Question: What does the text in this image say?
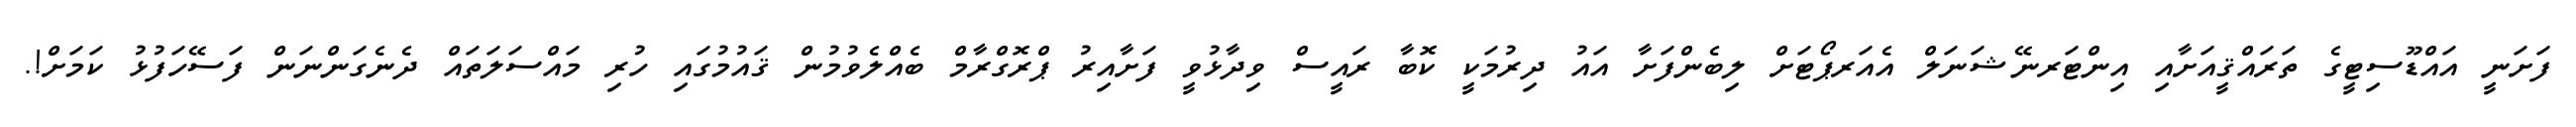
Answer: ފަށަނީ އައްޑޫސިޓީގެ ތަރައްޤީއަށާއި އިންޓަރނޭޝަނަލް އެއަރޕޯޓަށް ލިބެންފަށާ އައު ދިރުމަކީ ކޮބާ ރައީސް ވިދާޅުވީ ފަށާއިރު ޕްރޮގްރާމް ބެއްލެވުމުން ޤައުމުގައި ހުރި މައްސަލަތައް ދެނެގަންނަން ފަސޭހަފުޅު ކަމަށް!.